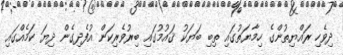
ދިވެހި ރައްޔިތުންގެ ހިމާޔަތުގައި ތިބި ބަޔަކު ޤައުމުގައި ބިރުވެރިކަން އުފެދިގެން ދިޔަ ކަމެއްގައި